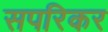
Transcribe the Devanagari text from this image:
सपरिकर